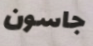
جاسون